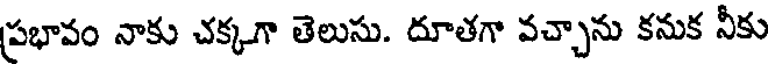
ప్రభావం నాకు చక్కగా తెలుసు. దూతగా వచ్చాను కనుక నీకు